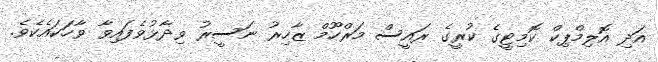
އަދި އޮލިމްޕިކް ކޮމިޓީގެ ކުރީގެ ރައީސް މަރްހޫމް ޒާހިރު ނަސީރު ވިދާޅުވެފައިވާ ވާހަކައެކެވެ.